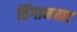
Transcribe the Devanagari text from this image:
हिंगानघाट